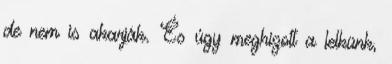
de nem is akarják. És úgy meghízott a lelkünk,